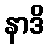
နာဒိ